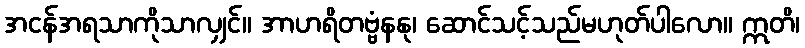
အငန်အရသာကိုသာလျှင်။ အာဟရိတဗ္ဗံနနု၊ ဆောင်သင့်သည်မဟုတ်ပါလော။ ဣတိ၊